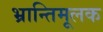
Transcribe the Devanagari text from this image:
भ्रान्तिमूलक